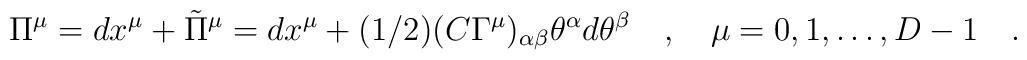
\Pi^\mu =dx^\mu + {\tilde\Pi}^\mu= dx^\mu + (1/2) (C \Gamma^\mu)_{\alpha \beta}          \theta^\alpha d\theta^\beta \quad ,\quad \mu=0,1,\dots , D-1 \quad .